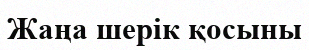
Жаңа шерік қосыны